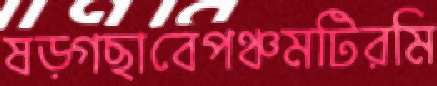
ষড়্‌গছাবেপঞ্চমটিরমি